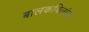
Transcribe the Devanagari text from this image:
बालकवितांवर